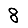
Digit: 8